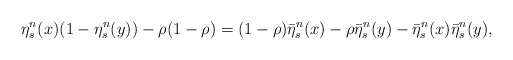
\begin{align*}\eta_s^n(x)(1-\eta_s^n(y))-\rho(1-\rho)=(1-\rho)\bar{\eta}_s^n(x)-\rho\bar{\eta}_s^n(y)-\bar{\eta}_s^n(x)\bar{\eta}_s^n(y),\end{align*}